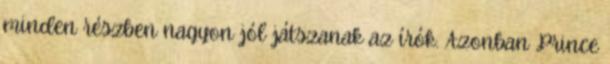
minden részben nagyon jól játszanak az írók. Azonban Prince